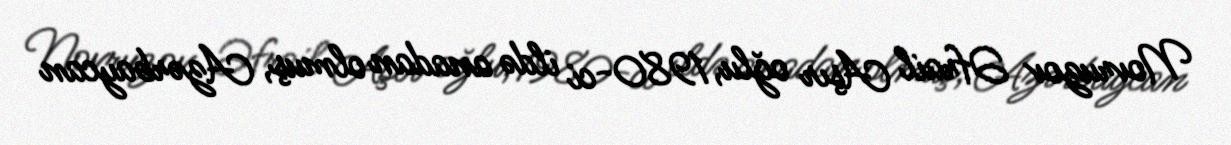
Novruzov Əfrail Aşır oğlu, 1980-ci ildə anadan olmuş, Azərbaycan